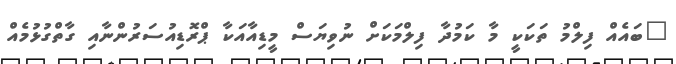
"ބައެއް ފިލްމު ތަކަކީ މާ ކަމުދާ ފިލްމަކަށް ނުވިޔަސް މީޑިއާއަކާ ޕްރޮޑިއުސަރުންނާއި ގާތްގުޅުމެއް